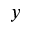
y